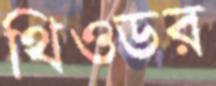
থিওডর